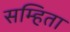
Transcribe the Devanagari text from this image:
सम्हिता